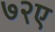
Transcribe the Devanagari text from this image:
७२ए